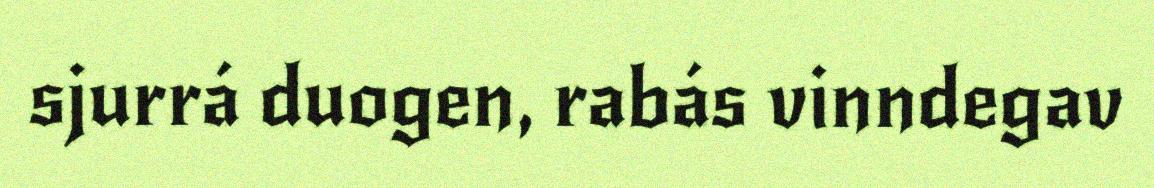
sjurrá duogen, rabás vinndegav